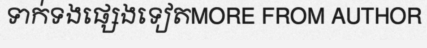
ទាក់ទងផ្សេងទៀតMORE FROM AUTHOR